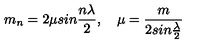
m _ { n } = 2 \mu s i n \frac { n \lambda } { 2 } , \quad \mu = \frac { m } { 2 s i n \frac { \lambda } { 2 } }